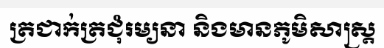
ត្រជាក់ត្រជុំរម្យនា និងមានភូមិសាស្ត្រ